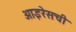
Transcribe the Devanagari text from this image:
आइरेसची